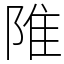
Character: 陮